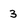
Character: 3